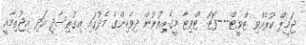
ޖަމީލް ކުރެއްވި ޓްވީޓް---ފޮޓޯ: ޓްވިޓާ މީގެއިތުރުން ދިވެހިންގެ މެދުގައި އިގުތިސާދީ އަދި އިޖުތިމާއީ